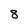
Character: 8